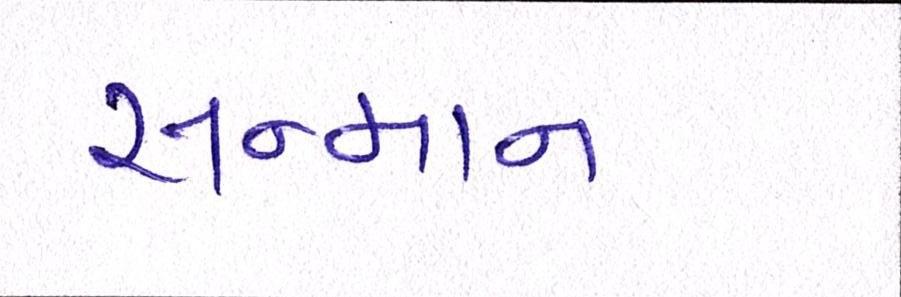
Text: સન્માન